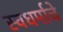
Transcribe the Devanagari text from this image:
स्वधर्माचे